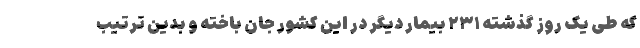
که طی یک روز گذشته ۲۳۱ بیمار دیگر در این کشور جان باخته و بدین ترتیب